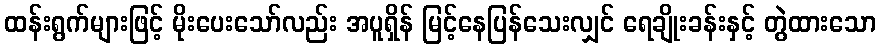
ထန်းရွက်များဖြင့် မိုးပေးသော်လည်း အပူရှိန် မြင့်နေပြန်သေးလျှင် ရေချိုးခန်းနှင့် တွဲထားသော